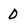
Character: 0